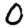
Digit: 0